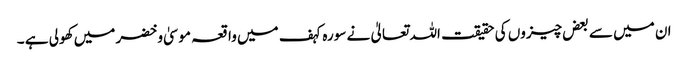
ان میں سے بعض چیزوں کی حقیقت اللہ تعالیٰ نے سورہ کہف میں واقعہ موسیٰ و خضر میں کھولی ہے ۔